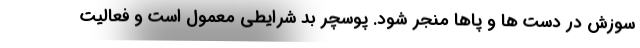
سوزش در دست ها و پاها منجر شود. پوسچر بد شرایطی معمول است و فعالیت